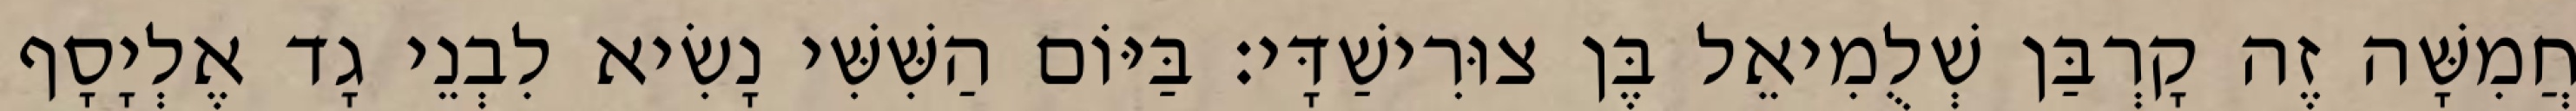
חֲמִשָּׁה זֶה קָרְבַּן שְׁלֻמִיאֵל בֶּן צוּרִישַׁדָּי׃ בַּיּוֹם הַשִּׁשִּׁי נָשִׂיא לִבְנֵי גָד אֶלְיָסָף